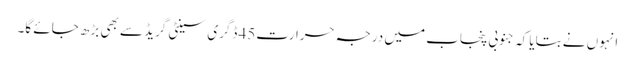
انہوں نے بتایا کہ جنوبی پنجاب میں درجہ حرارت45 ڈگری سینٹی گریڈ سے بھی بڑھ جائے گا۔